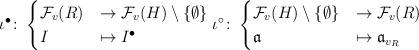
LaTeX: \begin{align*} \iota^\bullet \colon \begin{cases} \mathcal F_v (R) &\to \mathcal F_v (H) \setminus \{ \emptyset \} \\ I &\mapsto I^{\bullet} \end{cases} \iota^\circ \colon \begin{cases} \mathcal F_v (H) \setminus \{ \emptyset \} &\to \mathcal F_v (R) \\ \mathfrak a &\mapsto \mathfrak a_{v_R} \end{cases} \end{align*}